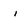
Character: i